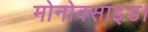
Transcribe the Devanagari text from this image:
मोनोक्साइड।